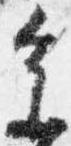
参